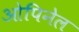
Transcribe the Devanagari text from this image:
ओपिनेल